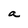
Character: a